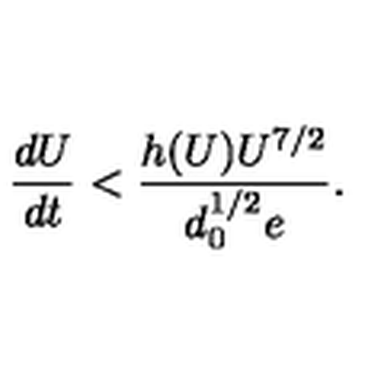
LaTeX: { \frac { d U } { d t } } < { \frac { h ( U ) U ^ { 7 / 2 } } { d _ { 0 } ^ { 1 / 2 } e } } .